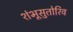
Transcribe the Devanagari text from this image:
शंभूसुतोरिव